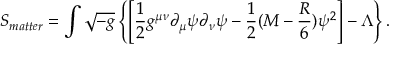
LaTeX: S _ { m a t t e r } = \int \sqrt { - g } \left\{ \left[ { \frac { 1 } { 2 } } g ^ { \mu \nu } \partial _ { \mu } \psi \partial _ { \nu } \psi - { \frac { 1 } { 2 } } ( M - { \frac { R } { 6 } } ) \psi ^ { 2 } \right] - \Lambda \right\} .